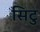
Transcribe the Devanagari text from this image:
सिटु